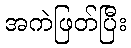
အကဲဖြတ်ပြီး